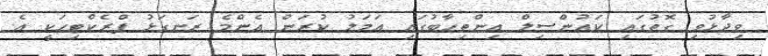
ވިދާޅުވި ގޮތުގައި ކައުންސިލް އިންތިހާބުގައި އަމަލު ކުރަން އެންމެ ރަނގަޅު ޕްރެކްޓިހަކީ އެ